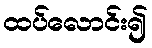
ထပ်လောင်း၍